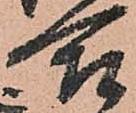
合